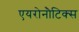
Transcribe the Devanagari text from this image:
एयरोनौटिक्स